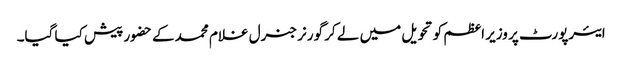
ایئرپورٹ پر وزیر اعظم کو تحویل میں لے کر گورنر جنرل غلام محمد کے حضور پیش کیا گیا۔